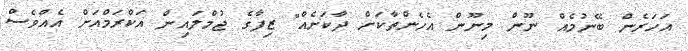
އަހަރެން ބޭނުމެއް ނޫން މިނޫން އެހެންތާކަށް ދާކަށެއް" ޒިފާގެ ޖުމްލައިން އަކްރަމްއަށް އެއްވެސް